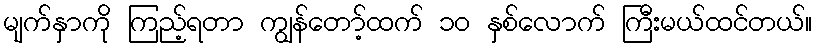
မျက်နှာကို ကြည့်ရတာ ကျွန်တော့်ထက် ၁၀ နှစ်လောက် ကြီးမယ်ထင်တယ်။